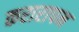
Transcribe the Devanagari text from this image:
करारापन